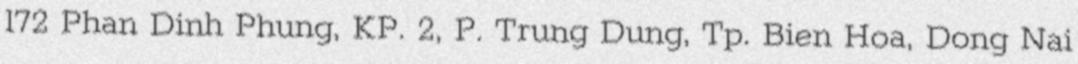
172 Phan Dinh Phung, KP. 2, P. Trung Dung, Tp. Bien Hoa, Dong Nai